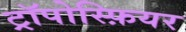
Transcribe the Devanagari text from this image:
ट्रॉपोस्फ़ियर